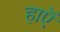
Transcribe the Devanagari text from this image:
हाएॅ